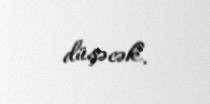
düşəcək.